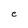
Character: e